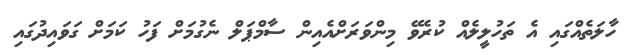
ހާލަތެއްގައި އެ ތަހުލީލެއް ކުރެވޭ މިންވަރަށްއެއިން ސާމްޕަލް ނެގުމަށް ފަހު ކަމަށް ގަވައިދުގައި